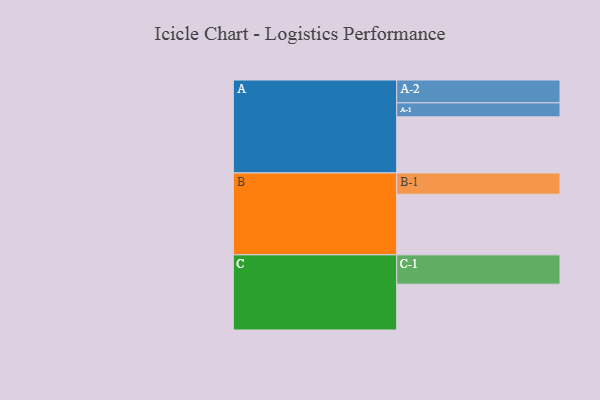
{"axis": {"x": "Segment", "y": "Value"}, "legend": ["", "A", "B", "C"], "data": [{"x": "A", "y": 425, "type": ""}, {"x": "B", "y": 459, "type": ""}, {"x": "C", "y": 347, "type": ""}, {"x": "A-1", "y": 106, "type": "A"}, {"x": "A-2", "y": 173, "type": "A"}, {"x": "B-1", "y": 161, "type": "B"}, {"x": "C-1", "y": 222, "type": "C"}]}